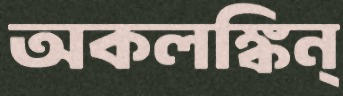
অকলঙ্কিন্